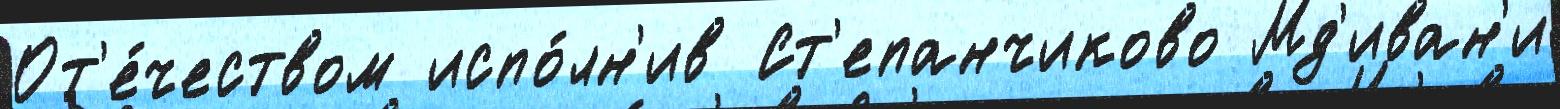
От'е́чеством испо́лн'ив Ст'епанчиково Мд'иван'и